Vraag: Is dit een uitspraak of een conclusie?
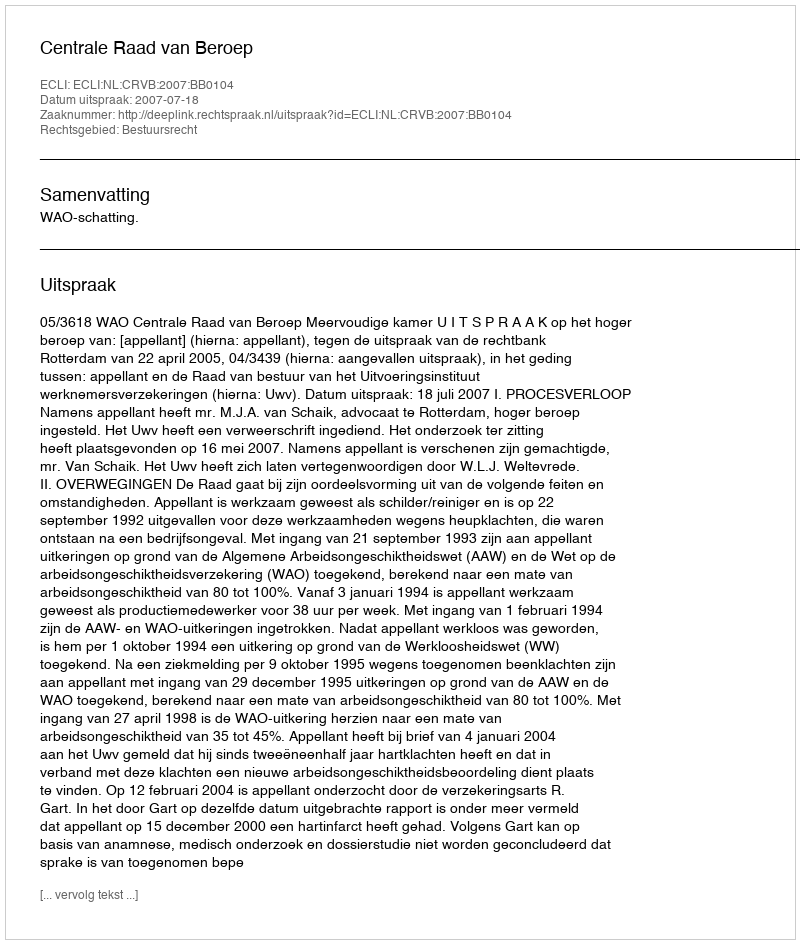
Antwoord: Uitspraak